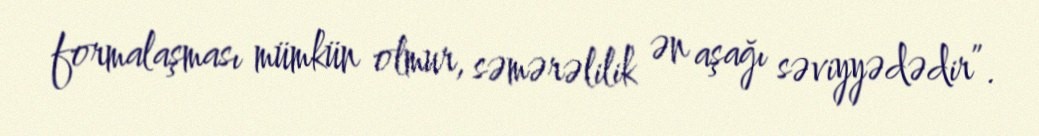
formalaşması mümkün olmur, səmərəlilik ən aşağı səviyyədədir”.